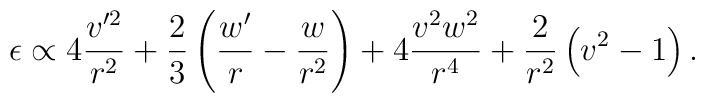
\epsilon \propto 4\frac{v'^2}{r^2} + \frac{2}{3}\left (\frac{w'}{r} - \frac{w}{r^2}\right ) + 4\frac{v^2w^2}{r^4} +\frac{2}{r^2} \left (v^2 - 1\right ).